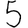
Digit: 5